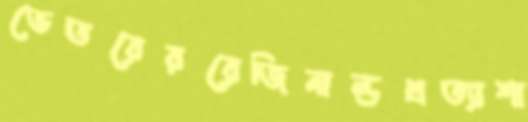
ভেতরেররেজিনাল্ডপ্রত্যাশা